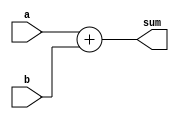
module adder(
    input [7:0] a,
    input [7:0] b,
    output [7:0] sum
);

    specify
      (a => sum) = 10 ;
      (b => sum) = 10;
    endspecify

    assign sum = a + b;
endmodule